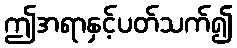
ဤအရာနှင့်ပတ်သက်၍